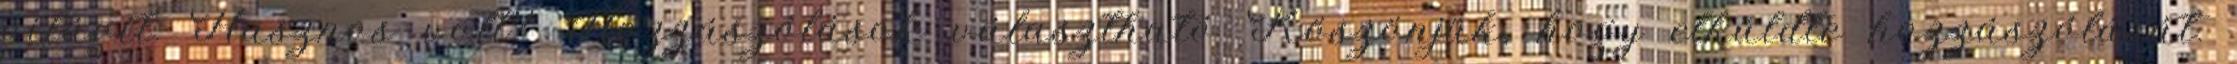
világít. Hasznos volt? Hozzászólások választható Köszönjük, hogy elküldte hozzászólását.